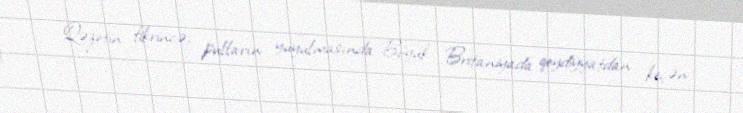
Qəzetin fikrincə, pulların yuyulmasında Böyük Britaniyada qeydiyyatdan keçən